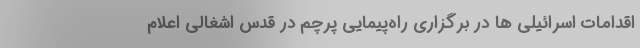
اقدامات اسرائیلی ها در برگزاری راه‌پیمایی پرچم در قدس اشغالی اعلام